Civil Veterinary Dept. Bombay admin report 1907-1913 - 1907-1913
Year: 1907
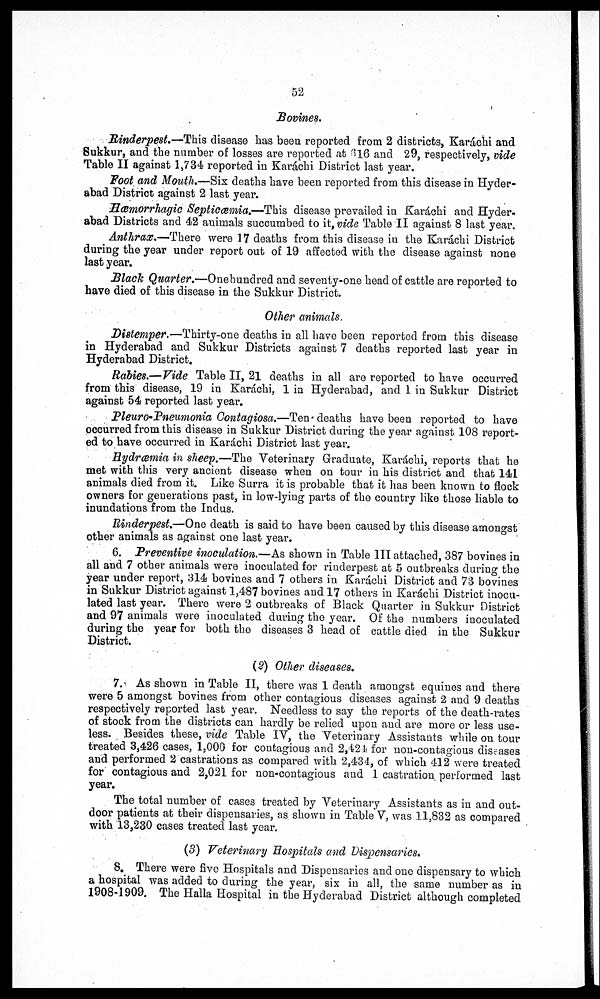
52
Bovines.
Rinderpest,—This disease has been reported from 2 districts, Karáchi and
Sukkur, and the number of losses are reported at 616 and 29, respectively, vide
Table II against 1,734 reported in Karáchi District last year.
Foot and Mouth,—Six deaths have been reported from this disease in Hyder-
abad District against 2 last year.
Hæmorrhagic Septicæmia.—Tikis disease prevailed in Karachi and Hyder-
abad Districts and 42 animals succumbed to it, vide Table II against 8 last year.
Anthrax.—There were 17 deaths from this disease in the Karáchi District
during the year under report out of 19 affected with the disease against none
last year.
Black Quarter,—One hundred and seventy-one head of cattle are reported to
have died of this disease in the Sukkur District.
Other animals.
Distemper.—Thirty-one deaths in all have been reported from this disease
in Hyderabad and Sukkur Districts against 7 deaths reported last year in
Hyderabad District.
Rabies.—Vide Table II, 21 deaths in all are reported to have occurred
from this disease, 19 in Karachi, 1 in Hyderabad, and 1 in Sukkur District
against 54 reported last year.
Pleuro-Pneumonia Contagiosa.—Ten deaths have been reported to have
occurred from this disease in Sukkur District during the year against 108 report-
ed to have occurred in Karachi District last year.
Bydræmia in sheep.—The Veterinary Graduate, Karachi, reports that he
met with this very ancient disease when on tour in his district and that 141
animals died from it. Like Surra it is probable that it has been known to flock
owners for generations past, in low-lyiug parts of the country like those liable to
inundations from the Indus.
Rinderpest.—One death is said to have been caused by this disease amongst
other animals as against one last year.
6. Preventive inoculation.—As shown in Table III attached, 387 bovines in
all and 7 other animals were inoculated for rinderpest at 5 outbreaks during the
year under report, 314 bovines and 7 others in Karachi District and 73 bovines
in Sukkur District against 1,487 bovines and 17 others in Karachi District inocu-
lated last year. There were 2 outbreaks of Black Quarter in Sukkur District
and 97 animals were inoculated during the year. Of the numbers inoculated
during the year for both the diseases 3 head of cattle died in the Sukkur
District.
(2) Other diseases,
7. As shown in Table II, there was 1 death amongst equines and there
were 5 amongst bovines from other contagious diseases against 2 and 9 deaths
respectively reported last year. Needless to say the reports of the death-rates
of stock from the districts can hardly be relied upon and are more or less use-
less. Besides these, vide Table IV, the Veterinary Assistants while on tour
treated 3,426 cases, 1,000 for contagious and 2,421 for non-contagious diseases
and performed 2 castrations as compared with 2,434, of which 412 were treated
for contagious and 2,021 for non-contagious and 1 castration performed last
year.
The total number of cases treated by Veterinary Assistants as in and out-
door patients at their dispensaries, as shown in Table V, was 11,832 as compared
with 13,230 cases treated last year.
(3) Veterinary Hospitals and Dispensaries.
8. There were five Hospitals and Dispensaries and one dispensary to which
a hospital was added to during the year, six in all, the same number as in
1908-1909. The Halla Hospital in the Hyderabad District although completed